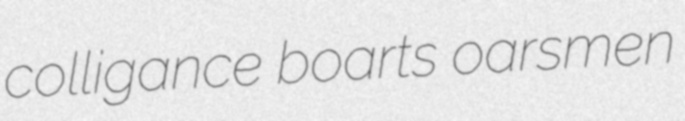
colligance boarts oarsmen